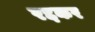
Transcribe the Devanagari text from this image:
रद्दकर